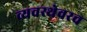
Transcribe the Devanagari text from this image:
व्यवस्थेवरच